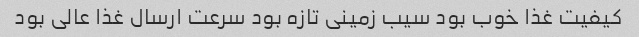
کیفیت غذا خوب بود سیب زمینی تازه بود سرعت ارسال غذا عالی بود